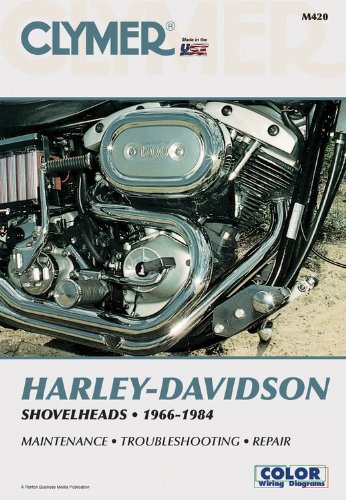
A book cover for Clymer Harley-Davidson Shovelheads 1966-1984: Service, Repair, Maintenance; Ron Wright; Engineering & Transportation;